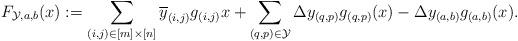
LaTeX: \begin{align*}F_{\mathcal{Y},a,b}(x) &:= \sum_{(i,j) \in [m] \times [n]} \overline{y}_{(i,j)}g_{(i,j)}x + \sum_{(q,p) \in \mathcal{Y}} \Delta y_{(q,p)}g_{(q,p)}(x) - \Delta y_{(a,b)}g_{(a,b)}(x).\end{align*}